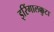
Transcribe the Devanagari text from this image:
इरिंगालक्कुटा